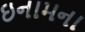
ઇનામના